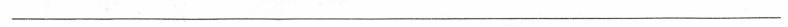
___